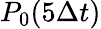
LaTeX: P_{0}(5\Delta t)